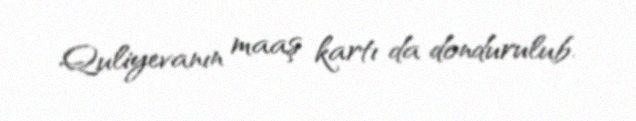
Quliyevanın maaş kartı da dondurulub.